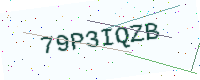
Text: 79P3IQZB